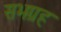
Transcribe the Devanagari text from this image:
सभग्रह